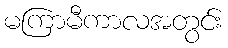
မကြာမီကာလအတွင်း